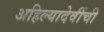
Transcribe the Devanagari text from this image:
अहिल्यादेवींची